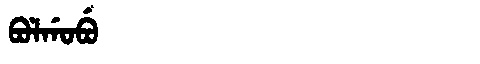
Manchu: ᠪᠣᠯᡤᠣᠪᡠ
Romanization: BOLGOBU